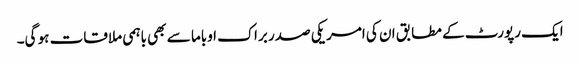
ایک رپورٹ کے مطابق ان کی امریکی صدر براک اوباما سے بھی باہمی ملاقات ہو گی۔